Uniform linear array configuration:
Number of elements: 24
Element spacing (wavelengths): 1
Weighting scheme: binomial
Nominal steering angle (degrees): -45
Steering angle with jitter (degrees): -46.147
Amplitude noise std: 0.05
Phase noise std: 0.05

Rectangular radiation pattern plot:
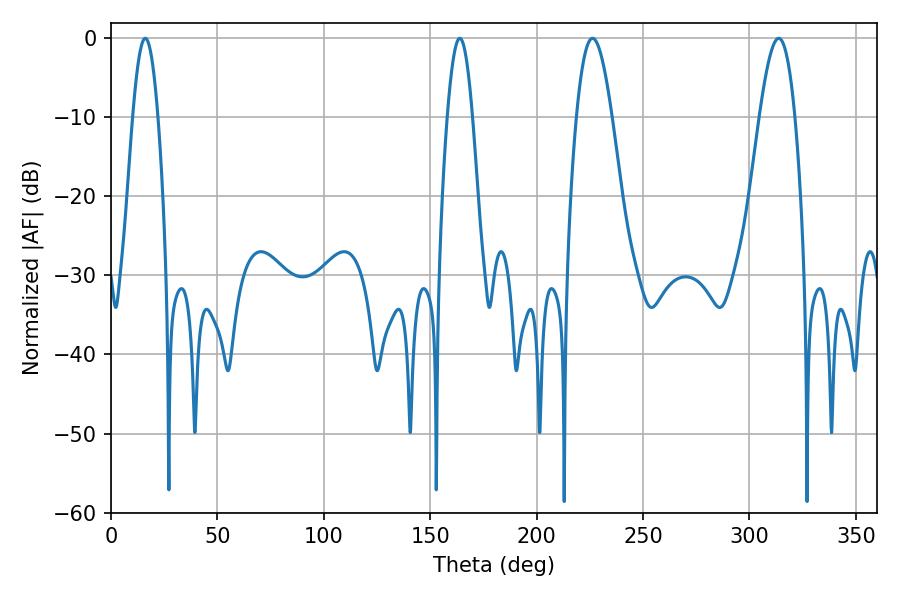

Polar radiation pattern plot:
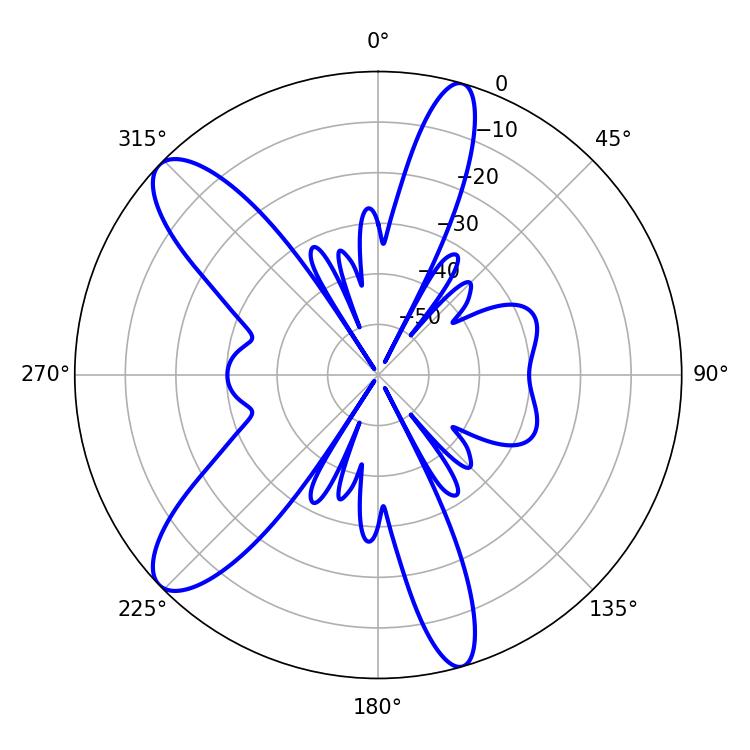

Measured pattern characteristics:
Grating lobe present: TRUE
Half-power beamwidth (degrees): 9
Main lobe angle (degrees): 226.26